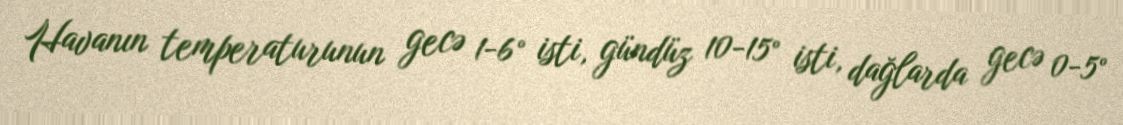
Havanın temperaturunun gecə 1-6° isti, gündüz 10-15° isti, dağlarda gecə 0-5°